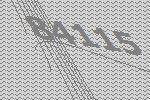
84115